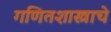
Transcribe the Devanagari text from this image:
गणितशास्त्राचे